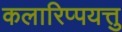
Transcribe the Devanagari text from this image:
कलारिप्पयत्तु